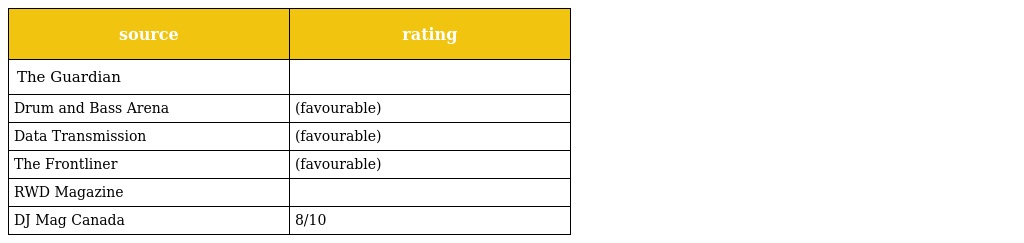
| source | rating |
 | --- | --- |
 | The Guardian |  |
 | Drum and Bass Arena | (favourable) |
 | Data Transmission | (favourable) |
 | The Frontliner | (favourable) |
 | RWD Magazine |  |
 | DJ Mag Canada | 8/10 |